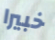
خبيرا